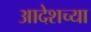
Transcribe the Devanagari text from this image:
आदेशच्या